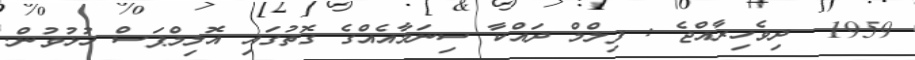
1959  ދިވެހިރާއްޖެ : ފިލްމް ދައްކާ ސިނަމާއެއްގެ ގޮތުގައި އޮލިމްޕަސް ހުޅުވުން.